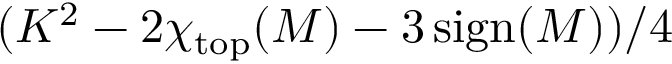
( K ^ { 2 } - 2 \chi _ { \mathrm { t o p } } ( M ) - 3 \operatorname { s i g n } ( M ) ) / 4